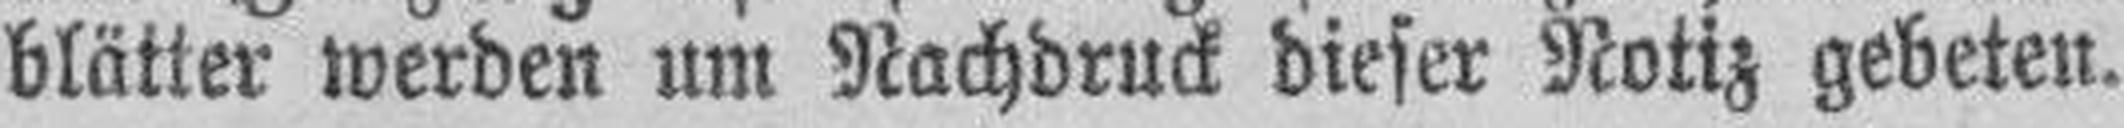
blätter werden um Nachdruck dieser Notiz gebeten.